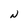
Character: N